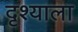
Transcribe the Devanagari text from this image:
दृश्‍याला